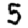
Digit: 5